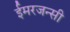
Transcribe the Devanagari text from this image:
ईमरजन्सी